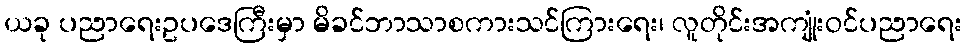
ယခု ပညာရေးဥပဒေကြီးမှာ မိခင်ဘာသာစကားသင်ကြားရေး၊ လူတိုင်းအကျုံးဝင်ပညာရေး